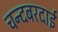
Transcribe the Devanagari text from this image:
चन्दबरदाई